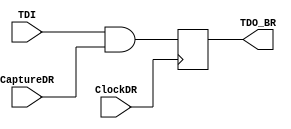
`timescale 1ns/1ps	

module BR(TDI, CaptureDR, ClockDR, TDO_BR);

	input TDI, CaptureDR, ClockDR;
	output TDO_BR;
	wire TDI, CaptureDR, ClockDR, TDO_BR;
	reg DFlipFlop;
	wire and_out_gate;

	// Here we create the and gate
	assign and_out_gate = TDI & CaptureDR;
	
	//Here we create the flip-flop
	assign TDO_BR = DFlipFlop;
	
	always @  (posedge ClockDR)
	begin
		DFlipFlop<=and_out_gate;
	end
	
endmodule